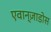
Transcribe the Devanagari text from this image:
एवान्ज़ाडोस